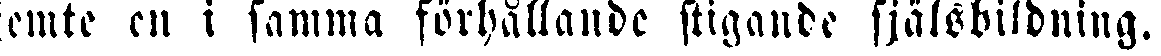
jemte en i samma förhållande stigande själsbildning.